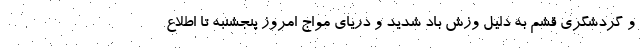
و گردشگری قشم به دلیل وزش باد شدید و دریای مواج امروز پنجشنبه تا اطلاع